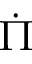
\dot { \Pi }